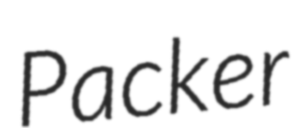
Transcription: Packer